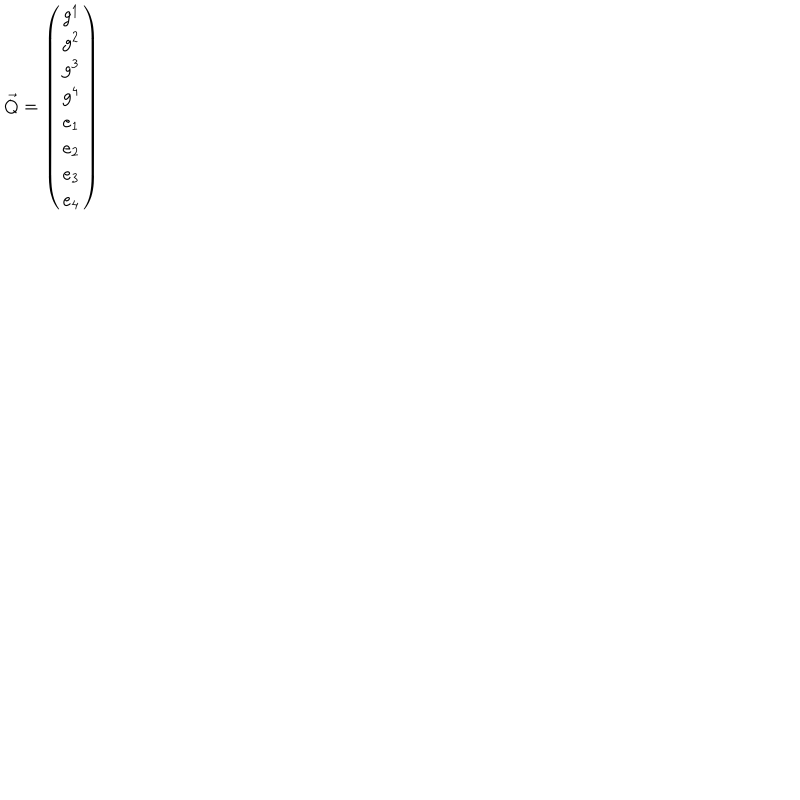
LaTeX: { \vec { Q } } = \left( \begin{matrix} { { g ^ { 1 } } } \\ { { g ^ { 2 } } } \\ { { g ^ { 3 } } } \\ { { g ^ { 4 } } } \\ { { e _ { 1 } } } \\ { { e _ { 2 } } } \\ { { e _ { 3 } } } \\ { { e _ { 4 } } } \\ \end{matrix} \right)